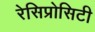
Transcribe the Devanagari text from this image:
रेसिप्रोसिटी